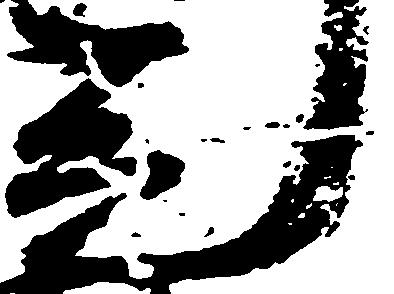
光